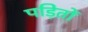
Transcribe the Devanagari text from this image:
पड़ितों